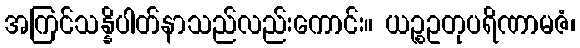
အကြင်သန္နိပါတ်နာသည်လည်းကောင်း။ ယဉ္စဥတုပရိဏာမဇံ၊